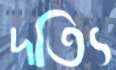
দত্যি